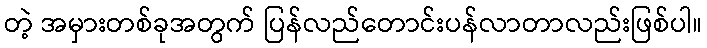
တဲ့ အမှားတစ်ခုအတွက် ပြန်လည်တောင်းပန်လာတာလည်းဖြစ်ပါ။